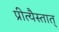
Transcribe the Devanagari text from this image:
प्रीत्यैस्तात्